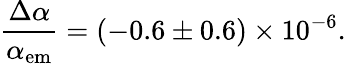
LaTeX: {\frac{\Delta\alpha}{\alpha_{\mathrm{em}}}}=\left(-0.6\pm 0.6\right)\times 10^{-6}.